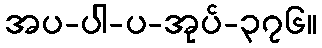
အပ-ပါ-ပ-အုပ်-၃၇၆။